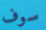
سوف